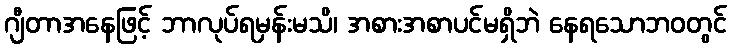
ဂျီတာအနေဖြင့် ဘာလုပ်ရမှန်းမသိ၊ အစားအစာပင်မရှိဘဲ နေရသောဘဝတွင်